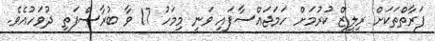
ފަރާތްތަކަށް ރިލީޒް ކުރުމަށް ހަމަޖައްސާފައި ވަނީ މިމަހު 17 ވާ ބުރާސްފަތި ދުވަހުއެވެ.